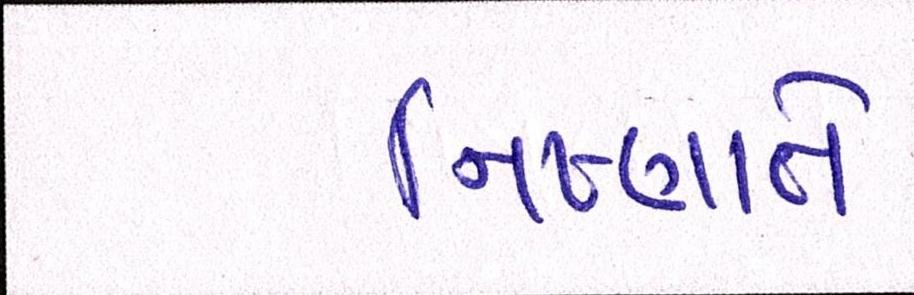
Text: નિષ્ણાતે